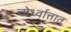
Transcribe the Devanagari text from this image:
चोर्ध्वात्तात्